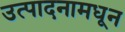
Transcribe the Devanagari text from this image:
उत्पादनामधून